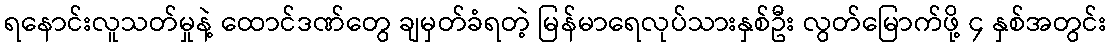
ရနောင်းလူသတ်မှုနဲ့ ထောင်ဒဏ်တွေ ချမှတ်ခံရတဲ့ မြန်မာရေလုပ်သားနှစ်ဦး လွတ်မြောက်ဖို့ ၄ နှစ်အတွင်း